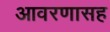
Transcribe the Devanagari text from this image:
आवरणासह